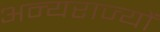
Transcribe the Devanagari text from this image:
अन्यराज्यों